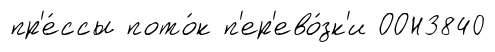
пр'е́ссы пото́к п'ер'ево́зк'и ООН3840